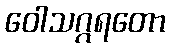
ဝေါသဂ္ဂရတော